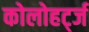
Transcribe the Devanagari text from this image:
कोलोहर्ट्ज